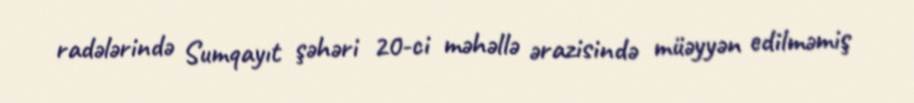
radələrində Sumqayıt şəhəri 20-ci məhəllə ərazisində müəyyən edilməmiş